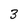
Character: 3